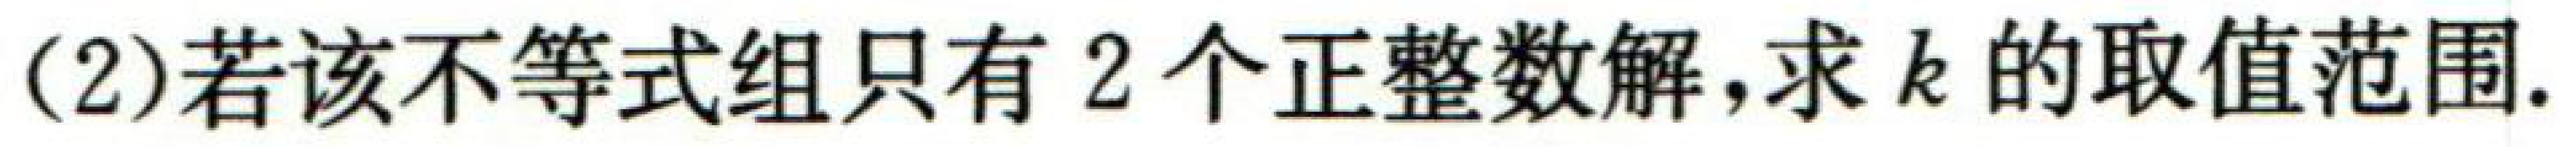
(2)若该不等式组只有$2$个正整数解,求$k$的取值范围.